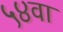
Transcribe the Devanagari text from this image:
५४वा